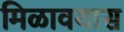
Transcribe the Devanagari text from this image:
मिळावयास